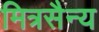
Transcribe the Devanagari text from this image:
मित्रसैन्य